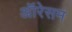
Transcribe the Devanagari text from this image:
ऑरेसम